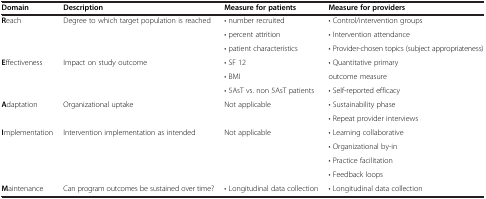
| Domain | Description | Measure for patients | Measure for providers |
 | --- | --- | --- | --- |
 | <ROWSPAN=3> Reach | <ROWSPAN=3> Degree to which target population is reached | • number recruited | • Control/intervention groups |
 | • percent attrition | • Intervention attendance |
 | • patient characteristics | • Provider-chosen topics (subject appropriateness) |
 | <ROWSPAN=3> Effectiveness | <ROWSPAN=3> Impact on study outcome | • SF 12 | • Quantitative primary |
 | • BMI | outcome measure |
 | • 5AsT vs. non 5AsT patients | • Self-reported efficacy |
 | <ROWSPAN=2> Adaptation | <ROWSPAN=2> Organizational uptake | <ROWSPAN=2> Not applicable | • Sustainability phase |
 | • Repeat provider interviews |
 | <ROWSPAN=4> Implementation | <ROWSPAN=4> Intervention implementation as intended | <ROWSPAN=4> Not applicable | • Learning collaborative |
 | • Organizational by-in |
 | • Practice facilitation |
 | • Feedback loops |
 | Maintenance | Can program outcomes be sustained over time? | • Longitudinal data collection | • Longitudinal data collection |